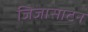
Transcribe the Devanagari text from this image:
जिज्ञासाटन